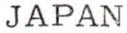
JAPAN